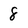
Character: 8